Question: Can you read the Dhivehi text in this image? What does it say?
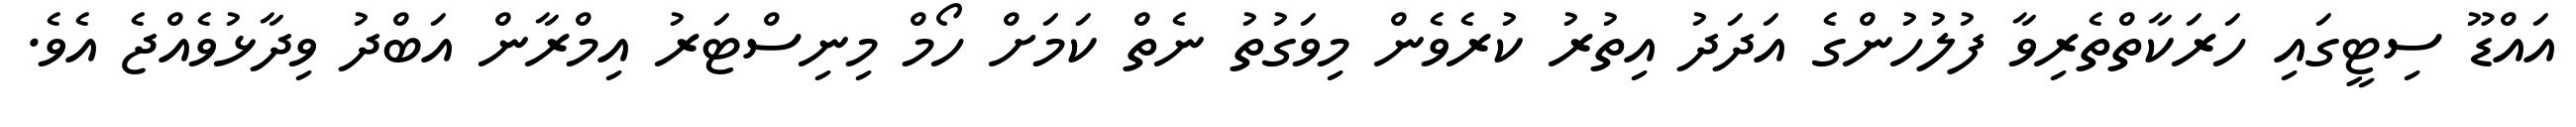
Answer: އައްޑޫ ސިޓީގައި ހަރަކާތްތެރިވާ ފުލުހުންގެ އަދަދު އިތުރު ކުރެވެން މިވަގުތު ނެތް ކަމަށް ހޯމް މިނިސްޓަރު އިމްރާން އަބްދު ވިދާޅުވެއްޖެ އެވެ.